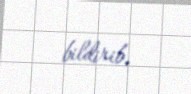
bildirib.